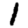
Digit: 1